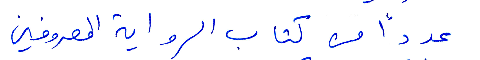
عددًا من كتاب الرواية المعروفين